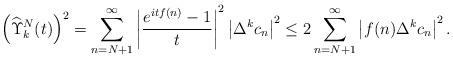
LaTeX: \begin{align*}\left(\widehat{\Upsilon}_k^N(t)\right)^2= \sum\limits_{n=N+1}^{\infty} \left|\frac{e^{i t f(n)}-1}{t}\right|^2 \left|\Delta^{k} c_{n} \right|^2 \leq2 \sum\limits_{n=N+1}^{\infty} \left|f(n)\Delta^{k} c_{n} \right|^2.\end{align*}